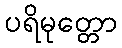
ပရိမုတ္တော